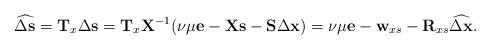
LaTeX: \begin{align*}\widehat{\Delta \mathbf{s}}=\mathbf{T}_x \Delta \mathbf{s}=\mathbf{T}_x\mathbf{X}^{-1} (\nu\mu\mathbf{e}-\mathbf{X}\mathbf{s}-\mathbf{S}\Delta \mathbf{x}) =\nu \mu \mathbf{e} - \mathbf{w}_{xs} -\mathbf{R}_{xs} \widehat{\Delta \mathbf{x}}.\end{align*}